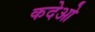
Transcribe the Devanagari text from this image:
कदेओ